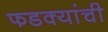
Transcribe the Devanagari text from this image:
फडक्यांची